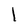
Character: l